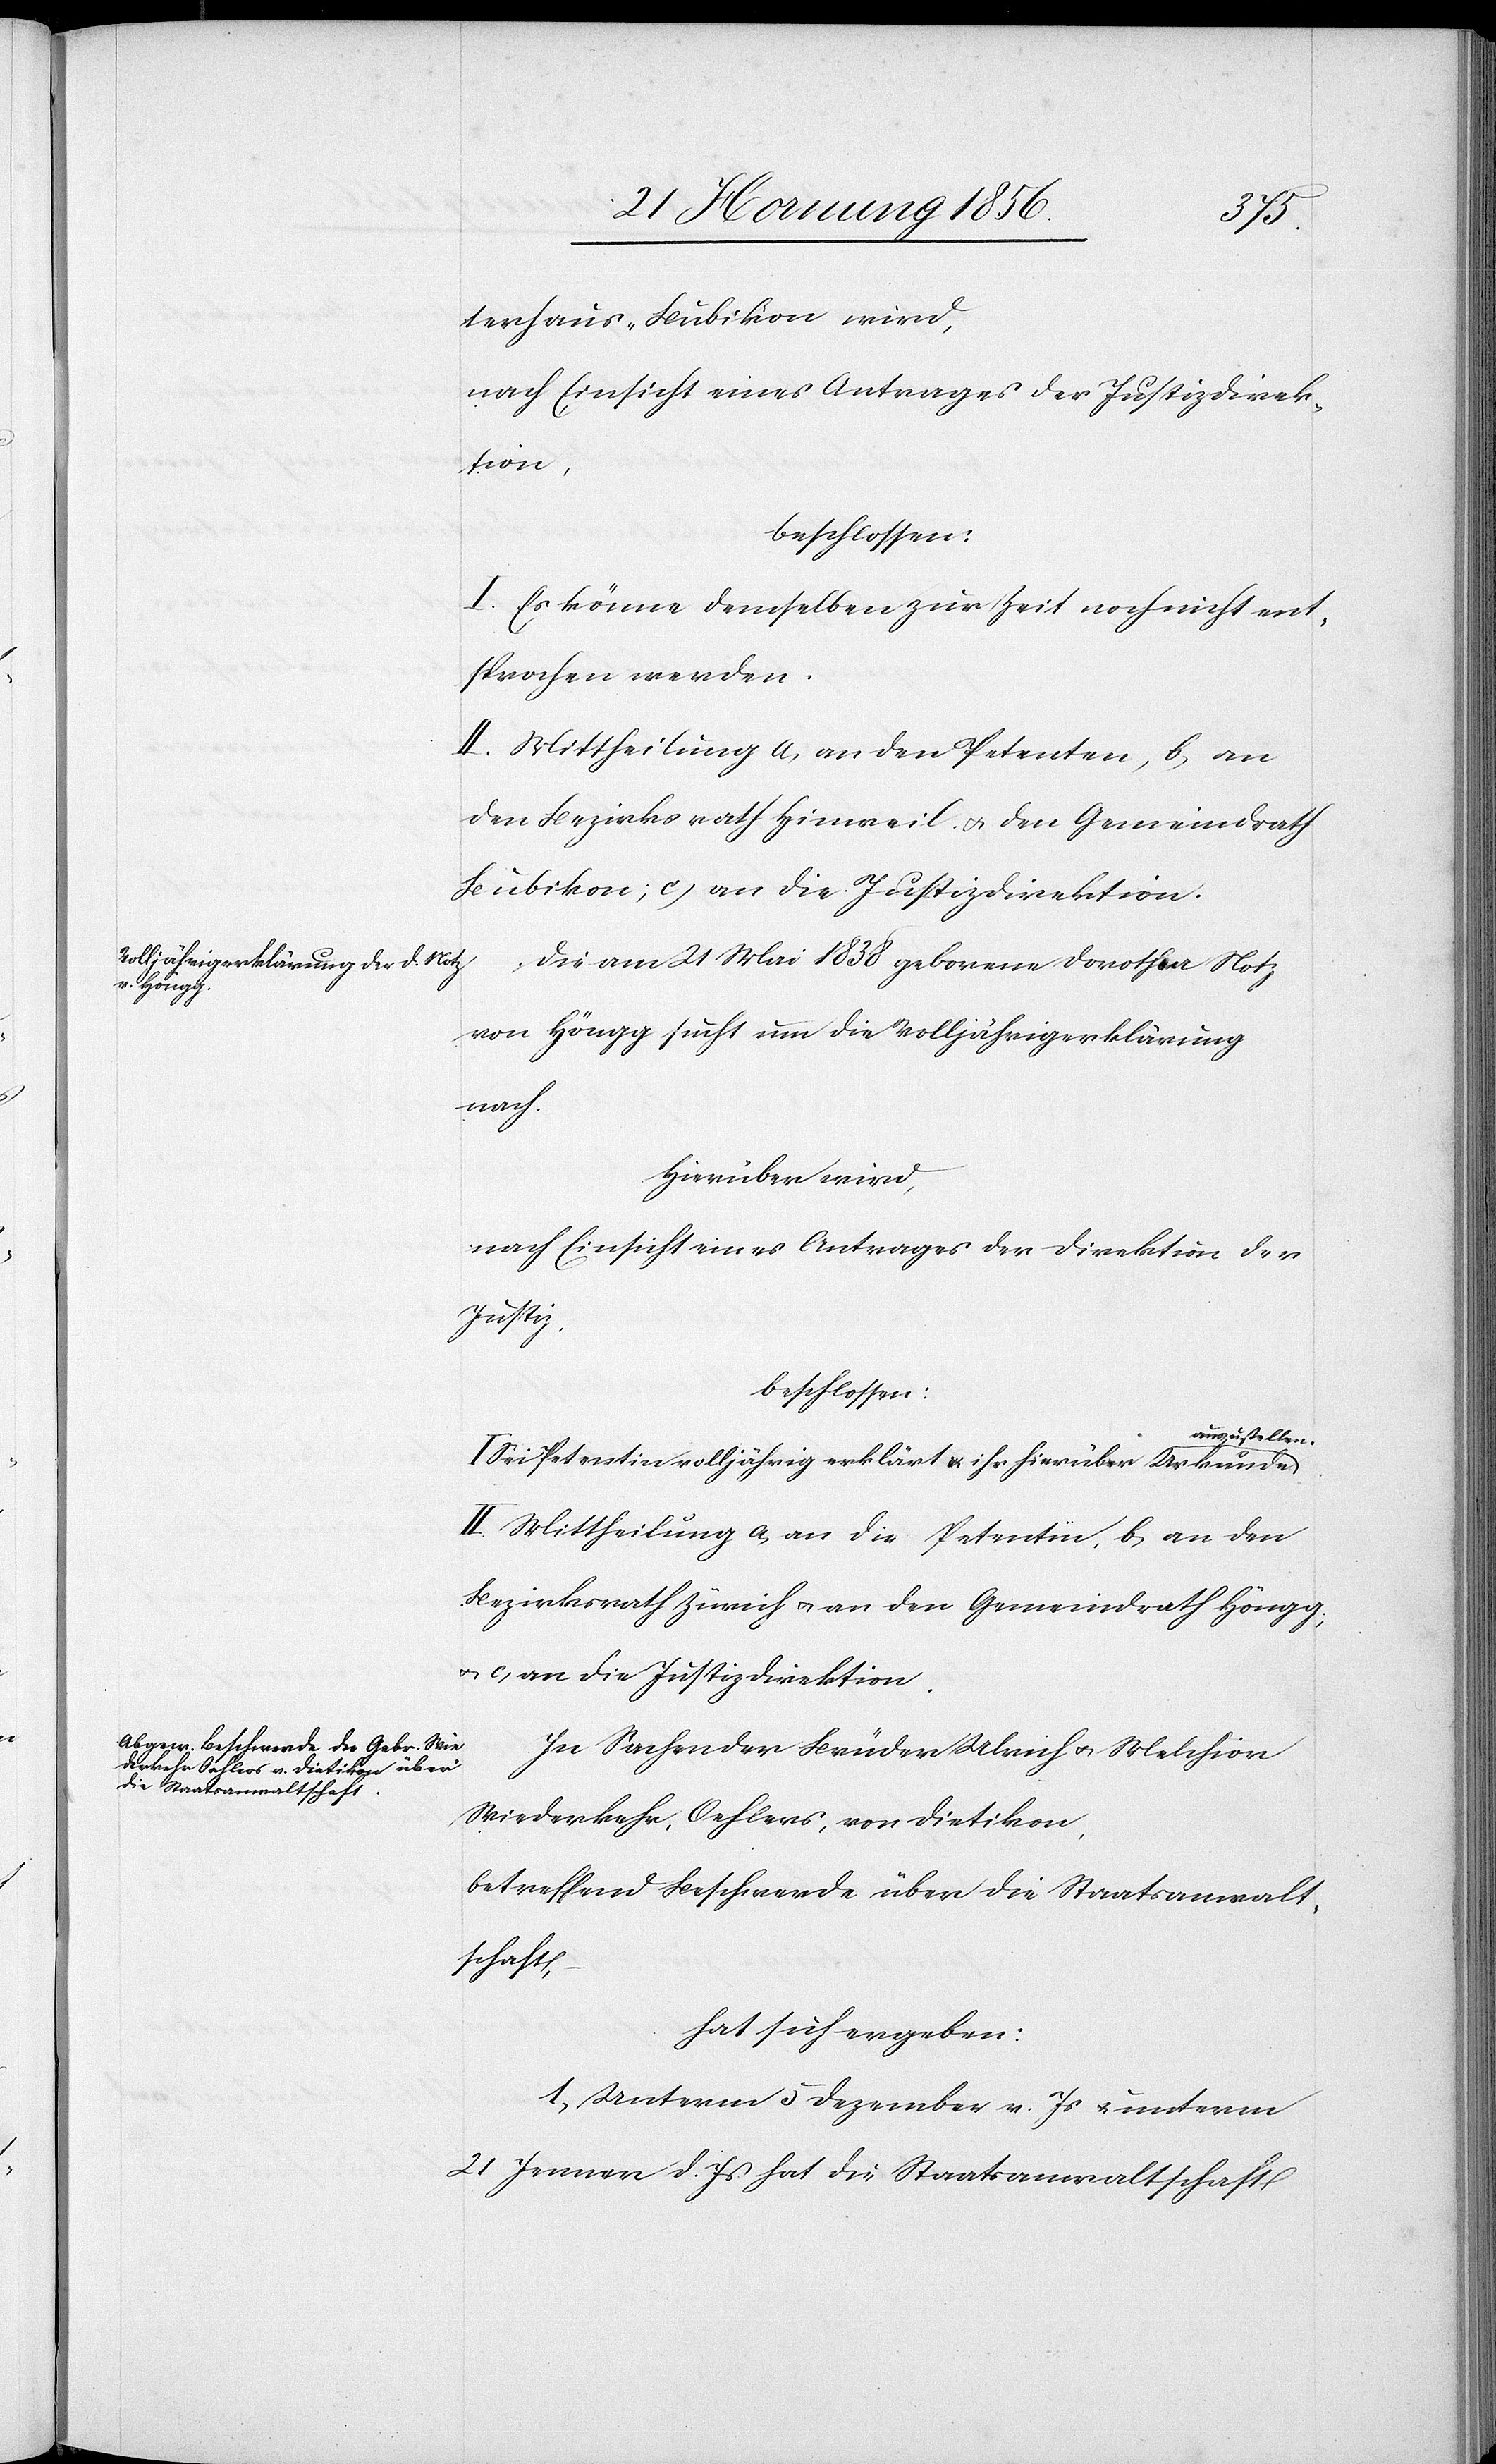
terhaus-Bubikon wird,
nach Einsicht eines Antrages der Justizdirek¬
tion,
beschlossen:
I. Es könne demselben zur Zeit noch nicht ent¬
sprochen werden.
II. Mittheilung a, an den Petenten, b, an
den Bezirksrath Hinweil u. den Gemeindrath
Bubikon; c, an die Justizdirektion.
Die am 21 Mai 1838 geborene Dorothea Notz
von Höngg sucht um die Volljährigerklärung
nach.
Hierüber wird,
nach Einsicht eines Antrages der Direktion der
Justiz,
beschlossen:
a-auszustellen.-a
Sei Petentin volljährig erklärt u. ihr hierüber Urkunde
II. Mittheilung a, an die Petentin, b, an den
Bezirksrath Zürich u. an den Gemeindrath Höngg;
u. c, an die Justizdirektion.
In Sachen der Brüder Ulrich u. Melchior
Wiederkehr, Oehlers, von Dietikon,
betreffend Beschwerde über die Staatsanwalt¬
schaft,
hat sich ergeben:
1., Unterm 5 Dezember v. Js & unterm
21 Jenner d. Js hat die Staatsanwaltschaft